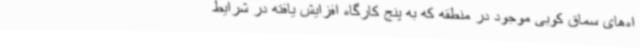
اه‌های سماق کوبی موجود در منطقه که به پنج کارگاه افزایش یافته در شرایط